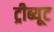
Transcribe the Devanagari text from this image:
ट्रीब्यूट